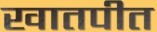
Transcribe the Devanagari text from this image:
खातपीत